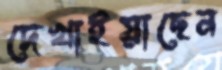
দেখাইয়াছেন